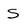
Character: S